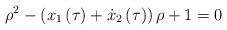
LaTeX: \begin{align*}\rho ^{2}-\left( x_{1}\left( \tau \right) +\dot{x}_{2}\left( \tau \right)\right) \rho +1=0 \end{align*}